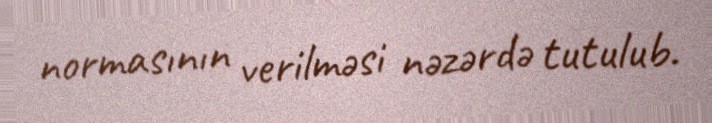
normasının verilməsi nəzərdə tutulub.